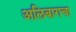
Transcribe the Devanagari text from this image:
अलिबागचा